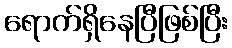
ရောက်ရှိနေပြီဖြစ်ပြီး